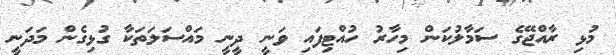
މުޅި ރާއްޖޭގެ ސަމާލުކަން މިހާރު ހުއްޓިފައި ވަނީ ދީނީ މައްސަލަތަކާ ގުޅިގެން މަދަނީ